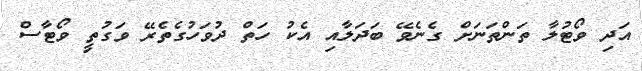
އަދި ވޯޓުލާ ތަންތަނަށް ގެނެވޭ ބަދަލާއި އެކު ހަތް ދުވަހުގެތެރޭ ވަގުތީ ވޯޓާސް